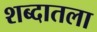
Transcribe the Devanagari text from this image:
शब्दातला